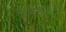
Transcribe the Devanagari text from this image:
इन्विज़िबल्स